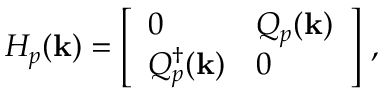
H _ { p } ( \mathbf k ) = \left[ \begin{array} { l l } { 0 } & { Q _ { p } ( \mathbf k ) } \\ { Q _ { p } ^ { \dag } ( \mathbf k ) } & { 0 } \end{array} \right] \, ,